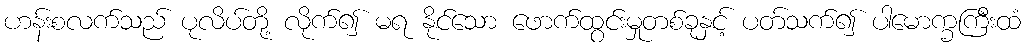
ဟန်းစလက်သည် ပုလိပ်တို့ လိုက်၍ မရ နိုင်သော ဖောက်ထွင်းမှုတစ်ခုနှင့် ပတ်သက်၍ ပါမောက္ခကြီးထံ